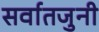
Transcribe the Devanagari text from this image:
सर्वातजुनी